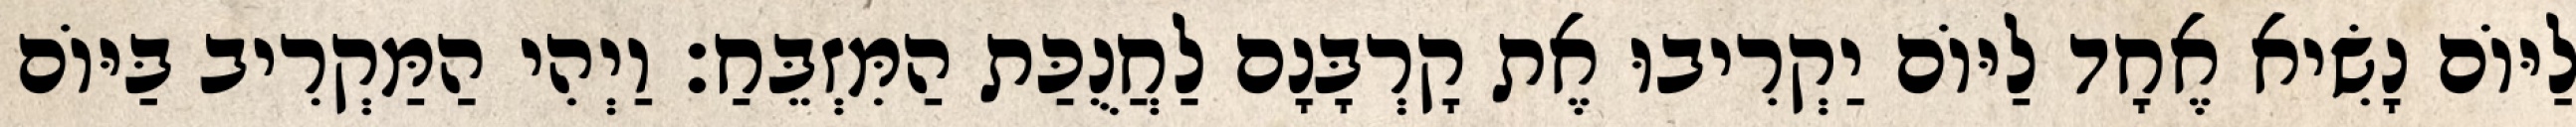
לַיּוֹם נָשִׂיא אֶחָד לַיּוֹם יַקְרִיבוּ אֶת קָרְבָּנָם לַחֲנֻכַּת הַמִּזְבֵּחַ׃ וַיְהִי הַמַּקְרִיב בַּיּוֹם